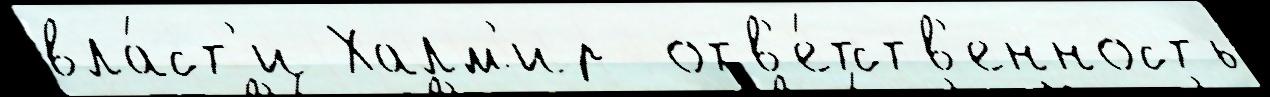
вла́ст'и Халм'ир  отв'е́тств'енность